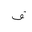
Letter: _fa